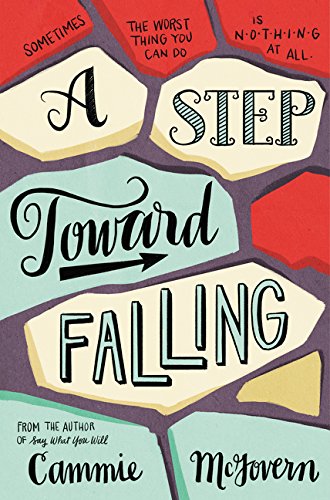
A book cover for A Step Toward Falling; Cammie McGovern; Teen & Young Adult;